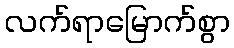
လက်ရာမြောက်စွာ